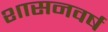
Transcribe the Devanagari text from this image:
शासनवर्ष